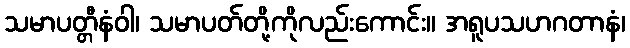
သမာပတ္တီနံဝါ၊ သမာပတ်တို့ကိုလည်းကောင်း။ အရူပသဟဂတာနံ၊